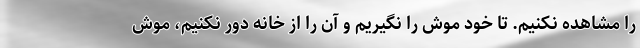
را مشاهده نکنیم. تا خود موش را نگیریم و آن را از خانه دور نکنیم، موش